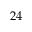
2 4